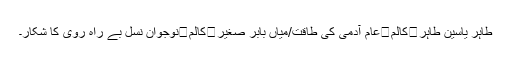
طاہر یاسین طاہر	کالم	عام آدمی کی طاقت/میاں بابر صغیر	کالم	نوجوان نسل بے راہ روی کا شکار۔